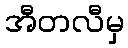
အီတလီမှ